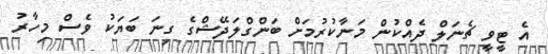
އެ ޓީވީ ޗެނަލް ދެއްކުން މަނާކުރުމަށް ބަންގްލަދޭޝްގެ ގިނަ ބަޔަކު ވެސް މިހާރު